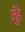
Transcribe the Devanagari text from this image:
मुँहे